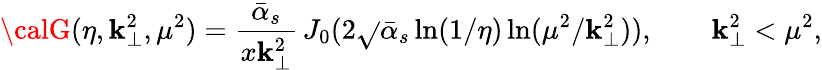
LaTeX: {\calG}(\eta,\mathbf{k}_{\perp}^{2},\mu^{2})=\frac{{\bar{{\alpha}}_{s}}}{{x\mathbf{k}_{\perp}^{2}}}\, J_{0}(2\sqrt{}{{\bar{{\alpha}}_{s}\ln(1/\eta)\ln(\mu^{2}/\mathbf{k}_{\perp}^{2})}}),\qquad\mathbf{k}_{\perp}^{2}<\mu^{2},